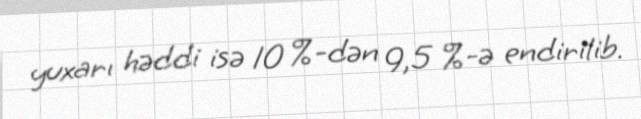
yuxarı həddi isə 10 %-dən 9,5 %-ə endirilib.